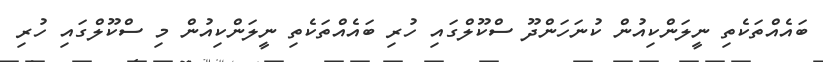
ބައެއްތަކެތި ނީލަންކިއުން ކުނަހަންދޫ ސްކޫލްގައި ހުރި ބައެއްތަކެތި ނީލަންކިއުން މި ސްކޫލްގައި ހުރި